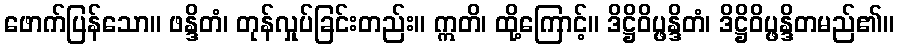
ဖောက်ပြန်သော။ ဖန္ဒိတံ၊ တုန်လှုပ်ခြင်းတည်း။ ဣတိ၊ ထို့ကြောင့်။ ဒိဋ္ဌိဝိပ္ဖန္ဒိတံ၊ ဒိဋ္ဌိဝိပ္ဖန္ဒိတမည်၏။